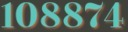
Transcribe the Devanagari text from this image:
१०८८७४